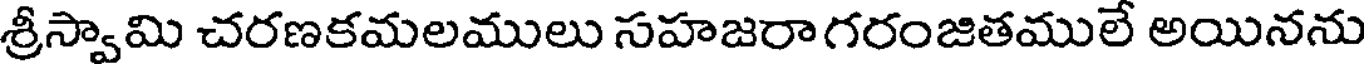
శ్రీస్వామి చరణకమలములు సహజరా గరంజితములే అయినను